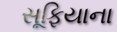
સૂફિયાના